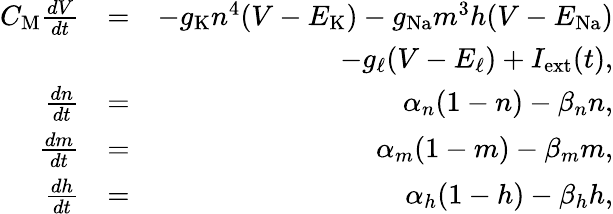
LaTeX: \begin{array}{rlr}{C_{\mathrm M}\frac{dV}{dt}}&{=}&{-g_{\mathrm K}n^{4}(V-E_{\mathrm K})-g_{\mathrm{Na}}m^{3}h(V-E_{\mathrm{Na}})}\\ &{}&{-g_{\mathrm{\ell}}(V-E_{\mathrm\ell})+I_{\mathrm{ext}}(t),}\\ {\frac{dn}{dt}}&{=}&{\alpha_{n}(1-n)-\beta_{n}n,}\\ {\frac{dm}{dt}}&{=}&{\alpha_{m}(1-m)-\beta_{m}m,}\\ {\frac{dh}{dt}}&{=}&{\alpha_{h}(1-h)-\beta_{h}h,}\end{array}